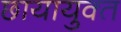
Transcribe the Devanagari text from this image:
छायायुक्‍त